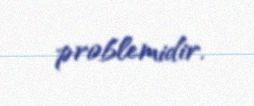
problemidir.